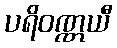
ပရိဝဏ္ဏယီ